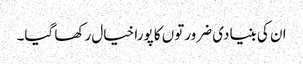
ان کی بنیادی ضرورتوں کا پورا خیال رکھا گیا۔